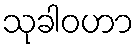
သုခါဝဟာ